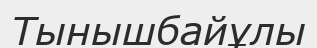
Тынышбайұлы